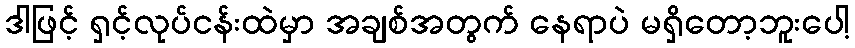
ဒါဖြင့် ရှင့်လုပ်ငန်းထဲမှာ အချစ်အတွက် နေရာပဲ မရှိတော့ဘူးပေါ့